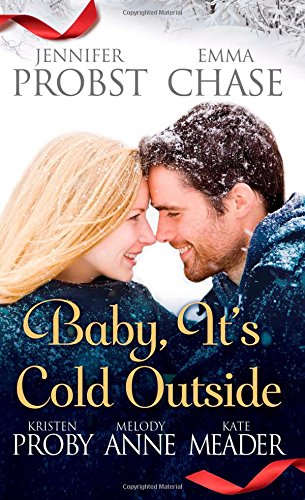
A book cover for Baby, It's Cold Outside; Jennifer Probst; Romance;